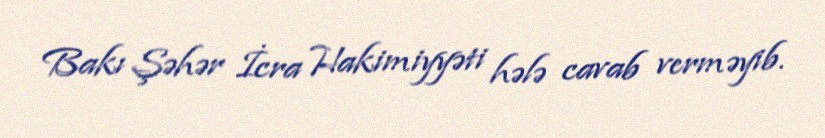
Bakı Şəhər İcra Hakimiyyəti hələ cavab verməyib.